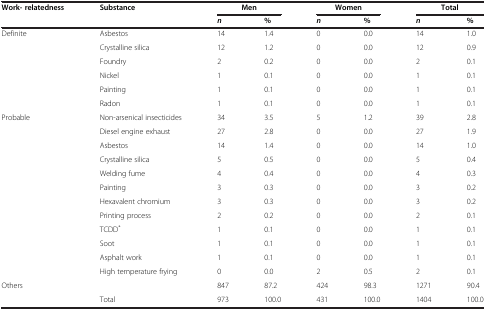
<table><thead><tr><td><b>Work-relatedness</b></td><td><b>Substance</b></td><td colspan="2"><b>Men</b></td><td colspan="2"><b>Women</b></td><td colspan="2"><b>Total</b></td></tr><tr><td></td><td></td><td><b><i>n</i></b></td><td><b>%</b></td><td><b><i>n</i></b></td><td><b>%</b></td><td><b><i>n</i></b></td><td><b>%</b></td></tr></thead><tbody><tr><td>Definite</td><td>Asbestos</td><td>14</td><td>1.4</td><td>0</td><td>0.0</td><td>14</td><td>1.0</td></tr><tr><td></td><td>Crystalline silica</td><td>12</td><td>1.2</td><td>0</td><td>0.0</td><td>12</td><td>0.9</td></tr><tr><td></td><td>Foundry</td><td>2</td><td>0.2</td><td>0</td><td>0.0</td><td>2</td><td>0.1</td></tr><tr><td></td><td>Nickel</td><td>1</td><td>0.1</td><td>0</td><td>0.0</td><td>1</td><td>0.1</td></tr><tr><td></td><td>Painting</td><td>1</td><td>0.1</td><td>0</td><td>0.0</td><td>1</td><td>0.1</td></tr><tr><td></td><td>Radon</td><td>1</td><td>0.1</td><td>0</td><td>0.0</td><td>1</td><td>0.1</td></tr><tr><td>Probable</td><td>Non-arsenical insecticides</td><td>34</td><td>3.5</td><td>5</td><td>1.2</td><td>39</td><td>2.8</td></tr><tr><td></td><td>Diesel engine exhaust</td><td>27</td><td>2.8</td><td>0</td><td>0.0</td><td>27</td><td>1.9</td></tr><tr><td></td><td>Asbestos</td><td>14</td><td>1.4</td><td>0</td><td>0.0</td><td>14</td><td>1.0</td></tr><tr><td></td><td>Crystalline silica</td><td>5</td><td>0.5</td><td>0</td><td>0.0</td><td>5</td><td>0.4</td></tr><tr><td></td><td>Welding fume</td><td>4</td><td>0.4</td><td>0</td><td>0.0</td><td>4</td><td>0.3</td></tr><tr><td></td><td>Painting</td><td>3</td><td>0.3</td><td>0</td><td>0.0</td><td>3</td><td>0.2</td></tr><tr><td></td><td>Hexavalent chromium</td><td>3</td><td>0.3</td><td>0</td><td>0.0</td><td>3</td><td>0.2</td></tr><tr><td></td><td>Printing process</td><td>2</td><td>0.2</td><td>0</td><td>0.0</td><td>2</td><td>0.1</td></tr><tr><td></td><td>TCDD<sup>*</sup></td><td>1</td><td>0.1</td><td>0</td><td>0.0</td><td>1</td><td>0.1</td></tr><tr><td></td><td>Soot</td><td>1</td><td>0.1</td><td>0</td><td>0.0</td><td>1</td><td>0.1</td></tr><tr><td></td><td>Asphalt work</td><td>1</td><td>0.1</td><td>0</td><td>0.0</td><td>1</td><td>0.1</td></tr><tr><td></td><td>High temperature frying</td><td>0</td><td>0.0</td><td>2</td><td>0.5</td><td>2</td><td>0.1</td></tr><tr><td>Others<sup>†</sup></td><td></td><td>847</td><td>87.2</td><td>424</td><td>98.3</td><td>1271</td><td>90.4</td></tr><tr><td></td><td>Total</td><td>973</td><td>100.0</td><td>431</td><td>100.0</td><td>1404</td><td>100.0</td></tr></tbody></table>